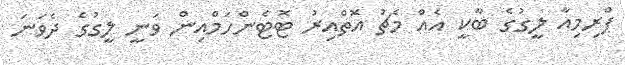
ޕްރިމިއާ ލީގުގެ ބާކީ އެއް މެޗު އޮތްއިރު ޓޮޓެންހަމްއިން ވަނީ ލީގުގެ ދެވަނަ